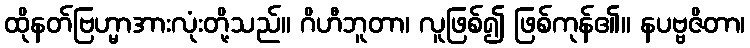
ထိုနတ်ဗြဟ္မာအားလုံးတို့သည်။ ဂိဟီဘူတာ၊ လူဖြစ်၍ ဖြစ်ကုန်၏။ နပဗ္ဗဇိတာ၊